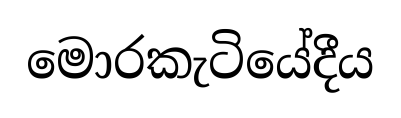
මොරකැටියේදීය